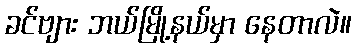
ခင်ဗျား ဘယ်မြို့နယ်မှာ နေတာလဲ။